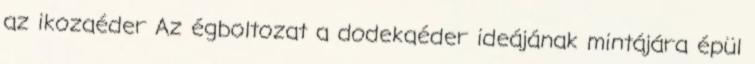
az ikozaéder Az égboltozat a dodekaéder ideájának mintájára épül